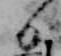
日